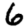
Digit: 6